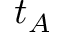
t _ { A }